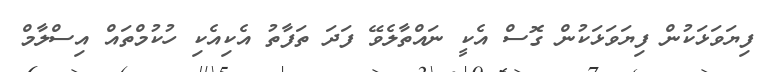
ފިޔަވަޅަކުން ފިޔަވަޅަކުން ގޮސް އެކީ ނައްތާލެވޭ ފަދަ ތަފާތު އެކިއެކި ހުކުމްތައް އިސްލާމް